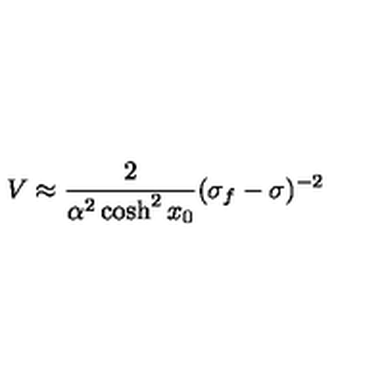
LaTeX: { V \approx \frac { 2 } { \alpha ^ { 2 } \cosh ^ { 2 } x _ { 0 } } ( \sigma _ { f } - \sigma ) ^ { - 2 } }